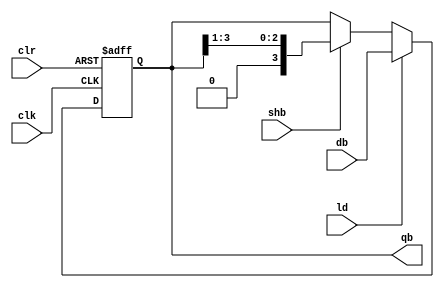
`timescale 1ns / 1ps
//////////////////////////////////////////////////////////////////////////////////
// Company: 
// Engineer: 
// 
// Design Name: 
// Module Name: MB
// Project Name: 
// Target Devices: 
// Tool Versions: 
// Description: 
// 
// Dependencies: 
// 
// Revision:
// Revision 0.01 - File Created
// Additional Comments:
// 
//////////////////////////////////////////////////////////////////////////////////


module MB(shb,ld,clr,clk,db,qb);

input shb,ld,clr,clk;
input[3:0] db;
output[3:0] qb;

reg[3:0] qb;
always@(posedge clr or posedge clk)

begin
if(clr) qb<=0;
else if(ld)
qb<=db;
else if(shb)
qb<={1'b0, qb[3:1]};
end
endmodule